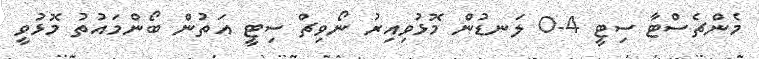
މެންޗެސްޓާ ސިޓީ 4-0 ލަނޑުން މޮޅުވިއިރު ނޯވިޗް ސިޓީ އަތުން ބޯންމައުތު މޮޅުވީ